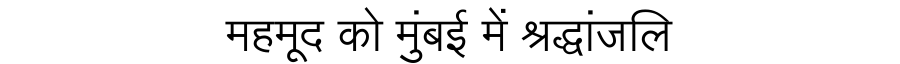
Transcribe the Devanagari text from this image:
महमूद को मुंबई में श्रद्धांजलि